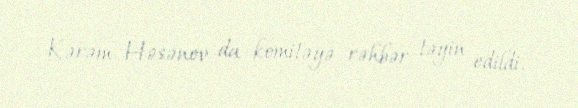
Kərəm Həsənov da komitəyə rəhbər təyin edildi.